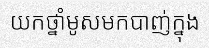
យកថ្នាំមូសមកបាញ់ក្នុង